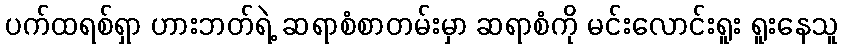
ပက်ထရစ်ရှာ ဟားဘတ်ရဲ့ ဆရာစံစာတမ်းမှာ ဆရာစံကို မင်းလောင်းရူး ရူးနေသူ